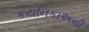
કયનિકાઅની